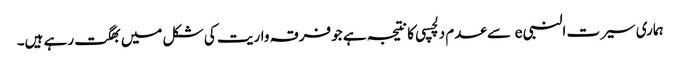
ہماری سیرت النبی e سے عدم دلچسپی کا نتیجہ ہے جو فرقہ واریت کی شکل میں بھگت رہے ہیں۔